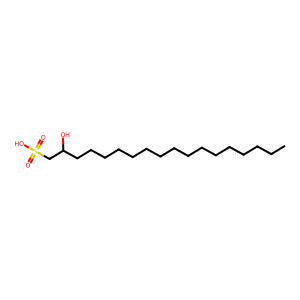
SMILES: CCCCCCCCCCCCCCCCC(O)CS(=O)(=O)O
Inhibits HIV replication: No